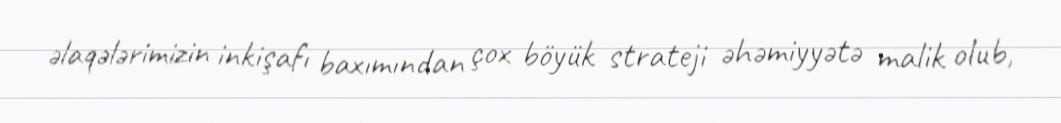
əlaqələrimizin inkişafı baxımından çox böyük strateji əhəmiyyətə malik olub,